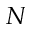
^ N